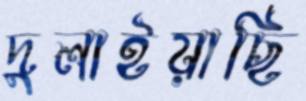
দুলাইয়াছি